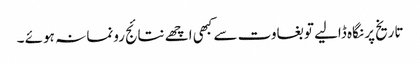
تاریخ پر نگاہ ڈالیے تو بغاوت سے کبھی اچھے نتائج رونما نہ ہوئے ۔